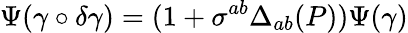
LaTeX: \Psi(\gamma\circ\delta\gamma)=(1+\sigma^{ab}\Delta_{ab}(P))\Psi(\gamma)